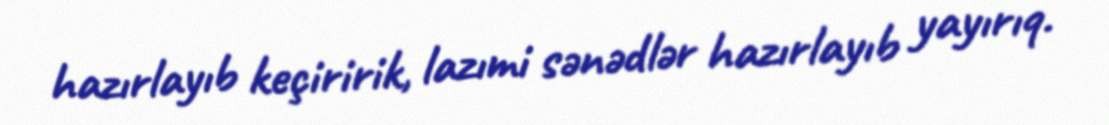
hazırlayıb keçiririk, lazımi sənədlər hazırlayıb yayırıq.